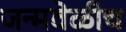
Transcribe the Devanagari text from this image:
जन्मवेळीच